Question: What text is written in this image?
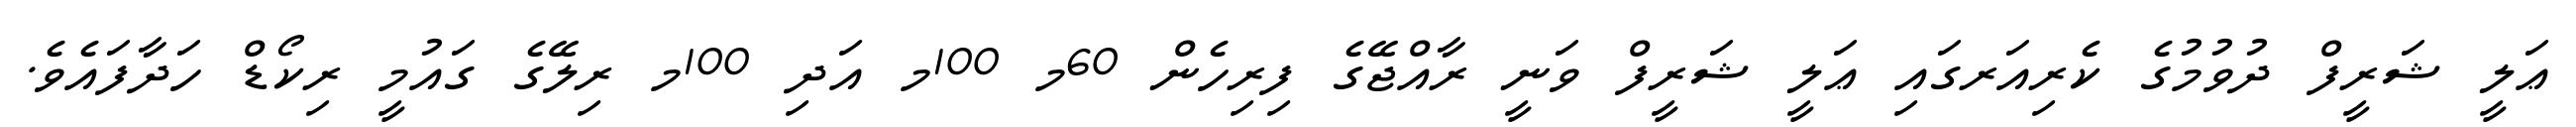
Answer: ޢަލީ ޝަރީފް ދުވުމުގެ ކެރިއަރގައި ޢަލީ ޝަރީފް ވަނީ ރާއްޖޭގެ ފިރިހެން 60މ 100މ އަދި 100މ ރިލޭގެ ގައުމީ ރިކޯޑް ހަދާފައެވެ.